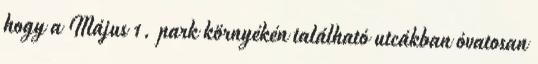
hogy a Május 1. park környékén található utcákban óvatosan